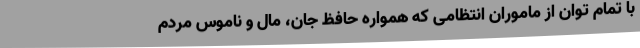
با تمام توان از ماموران انتظامی که همواره حافظ جان، مال و ناموس مردم